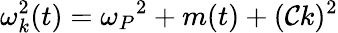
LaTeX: \omega_{k}^{2}(t)=\omega_{P}{^2}+m(t)+(\mathcal{C}k)^{2}